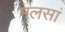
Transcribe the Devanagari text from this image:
मलसां